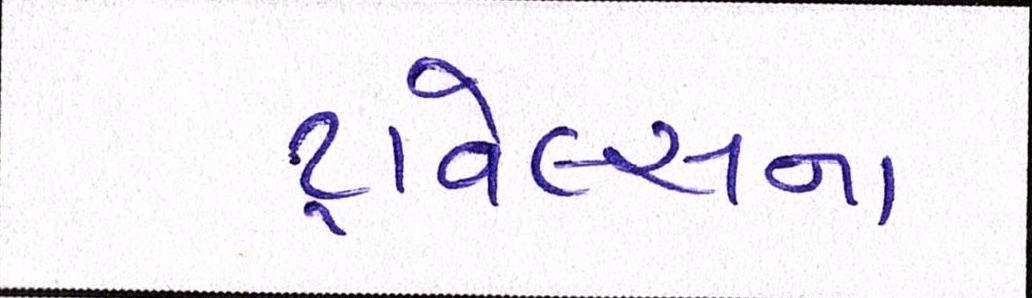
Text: ટ્રાવેલ્સના